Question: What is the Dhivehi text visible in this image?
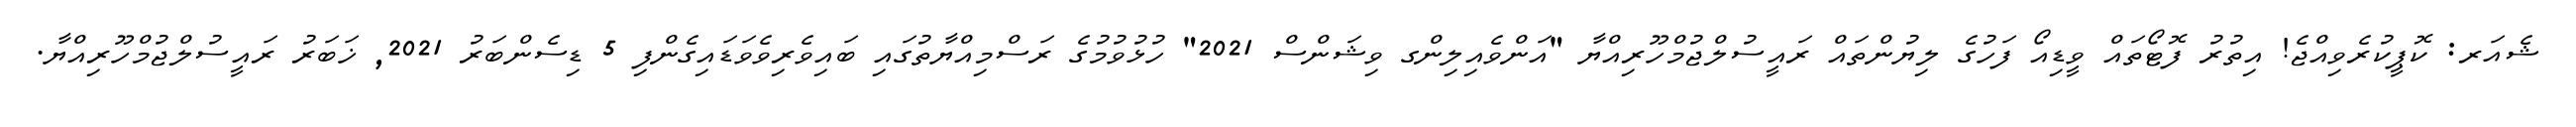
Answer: ޝެއަރ: ކޮޕީކުރެވިއްޖެ! އިތުރު ފޮޓޯތައް ވީޑިއޯ ފަހުގެ ލިޔުންތައް ރައީސުލްޖުމްހޫރިއްޔާ "އަންވެއިލިންގ ވިޝަންސް 2021" ހުޅުވުމުގެ ރަސްމިއްޔާތުގައި ބައިވެރިވެވަޑައިގެންފި 5 ޑިސެންބަރު 2021, ޚަބަރު ރައީސުލްޖުމްހޫރިއްޔާ.